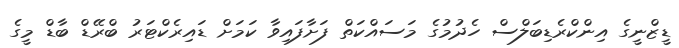
ޑީޒްނީގެ އިންކްރެޑިބަލްސް ހެދުމުގެ މަސައްކަތް ފަށާފައިވާ ކަމަށް ޑައިރެކްޓަރު ބްރޭޑް ބާޑް މީގެ